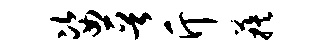
姿晋斤蔟